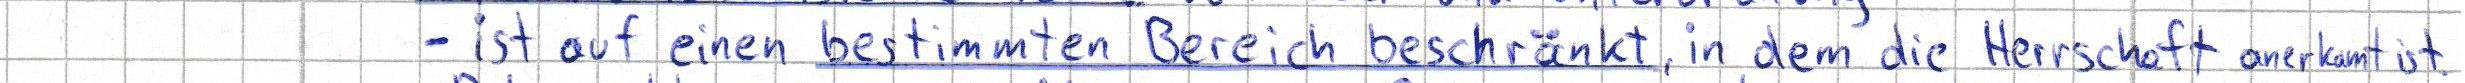
- ist auf einen bestimmten Bereich beschränkt, in dem die Herrschaft anerkannt ist.